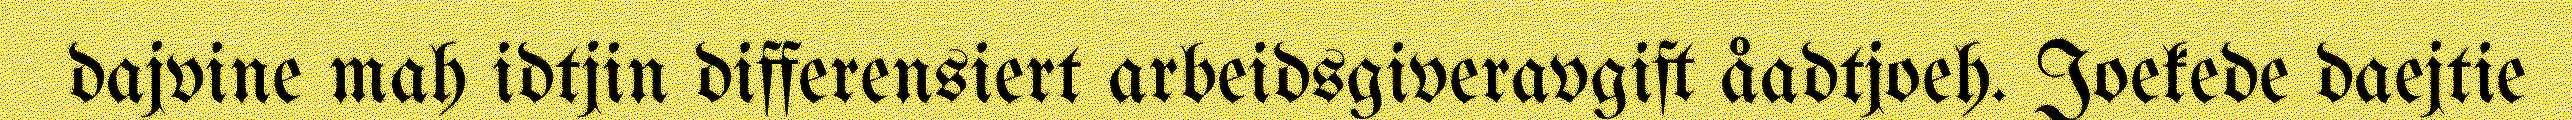
dajvine mah idtjin differensiert arbeidsgiveravgift åadtjoeh. Joekede daejtie